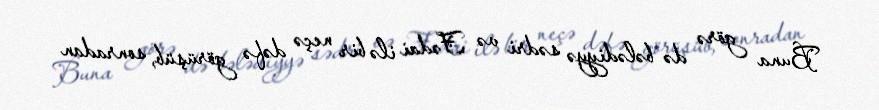
Buna görə də bələdiyyə sədri və Fədai ilə bir neçə dəfə görüşüb, sonradan